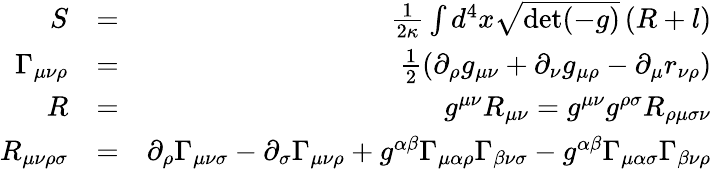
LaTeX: \begin{array}{rlr}{S}&{=}&{\frac{1}{2\kappa}\int d^{4}x\sqrt{\operatorname*{det}(-g)}\left(R+l\right)}\\ {\Gamma_{{\mu\nu}\rho}}&{=}&{\frac{1}{2}\left(\partial_{\rho}g_{\mu\nu}+\partial_{\nu}g_{\mu\rho}-\partial_{\mu}r_{\nu\rho}\right)}\\ {R}&{=}&{g^{\mu\nu}R_{\mu\nu}=g^{\mu\nu}g^{\rho\sigma}R_{\rho\mu\sigma\nu}}\\ {R_{\mu\nu\rho\sigma}}&{=}&{\partial_{\rho}\Gamma_{{\mu\nu}\sigma}-\partial_{\sigma}\Gamma_{{\mu\nu}\rho}+g^{\alpha\beta}\Gamma_{\mu\alpha\rho}\Gamma_{\beta\nu\sigma}-g^{\alpha\beta}\Gamma_{\mu\alpha\sigma}\Gamma_{\beta\nu\rho}}\end{array}